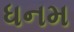
ધનમ